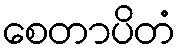
စေတာပိတံ